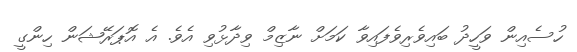
ހުސެއިން ވަހީދު ބައިވެރިވެފައިވާ ކަމަށް ނާޒިމް ވިދާޅުވި އެވެ. އެ އޮޕަރޭޝަން ހިންގީ